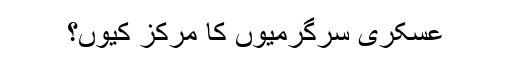
عسکری سرگرمیوں کا مرکز کیوں؟